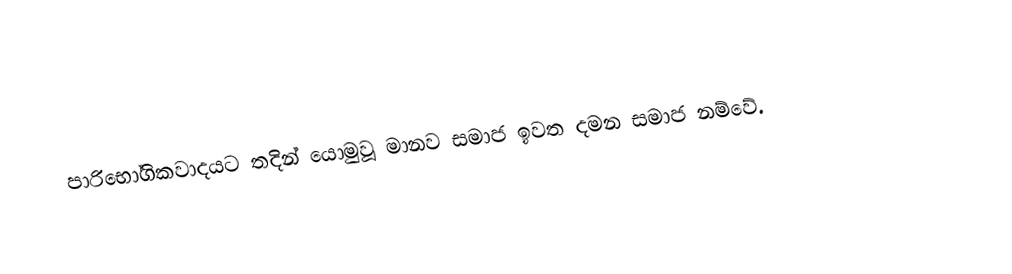
පාරිභෝගිකවාදයට තදින් යොමුවූ මානව සමාජ ඉවත දමන සමාජ නම්වේ.